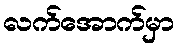
လက်အောက်မှာ